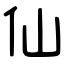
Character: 仙